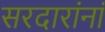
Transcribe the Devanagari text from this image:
सरदारांनां